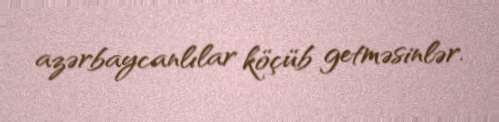
azərbaycanlılar köçüb getməsinlər.